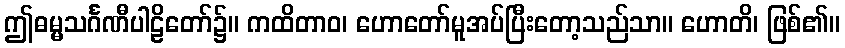
ဤဓမ္မသင်္ဂဏီပါဠိတော်၌။ ကထိတာဝ၊ ဟောတော်မူအပ်ပြီးတော့သည်သာ။ ဟောတိ၊ ဖြစ်၏။